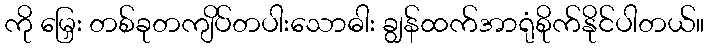
ကို မြှေး တစ်ခုတကျိပ်တပါးသောဓါး ချွန်ထက်အာရုံစိုက်နိုင်ပါတယ်။